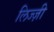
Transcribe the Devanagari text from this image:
लिज्ज़ी